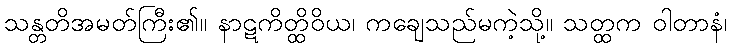
သန္တတိအမတ်ကြီး၏။ နာဋကိတ္ထိဝိယ၊ ကချေသည်မကဲ့သို့။ သတ္ထက ဝါတာနံ၊